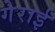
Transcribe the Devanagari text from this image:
गेराई